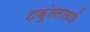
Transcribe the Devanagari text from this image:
शकुंतलाताई